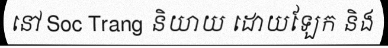
នៅ Soc Trang និយាយ ដោយឡែក និង